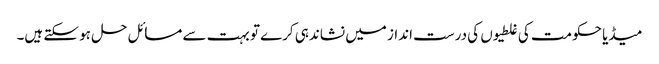
میڈیا حکومت کی غلطیوں کی درست انداز میں نشاندہی کرے تو بہت سے مسائل حل ہو سکتے ہیں۔